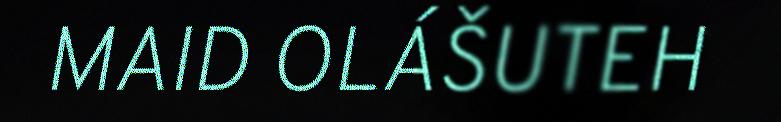
MAID OLÁŠUTEH